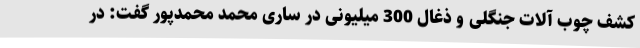
کشف چوب آلات جنگلی و ذغال 300 میلیونی در ساری محمد محمدپور گفت: در